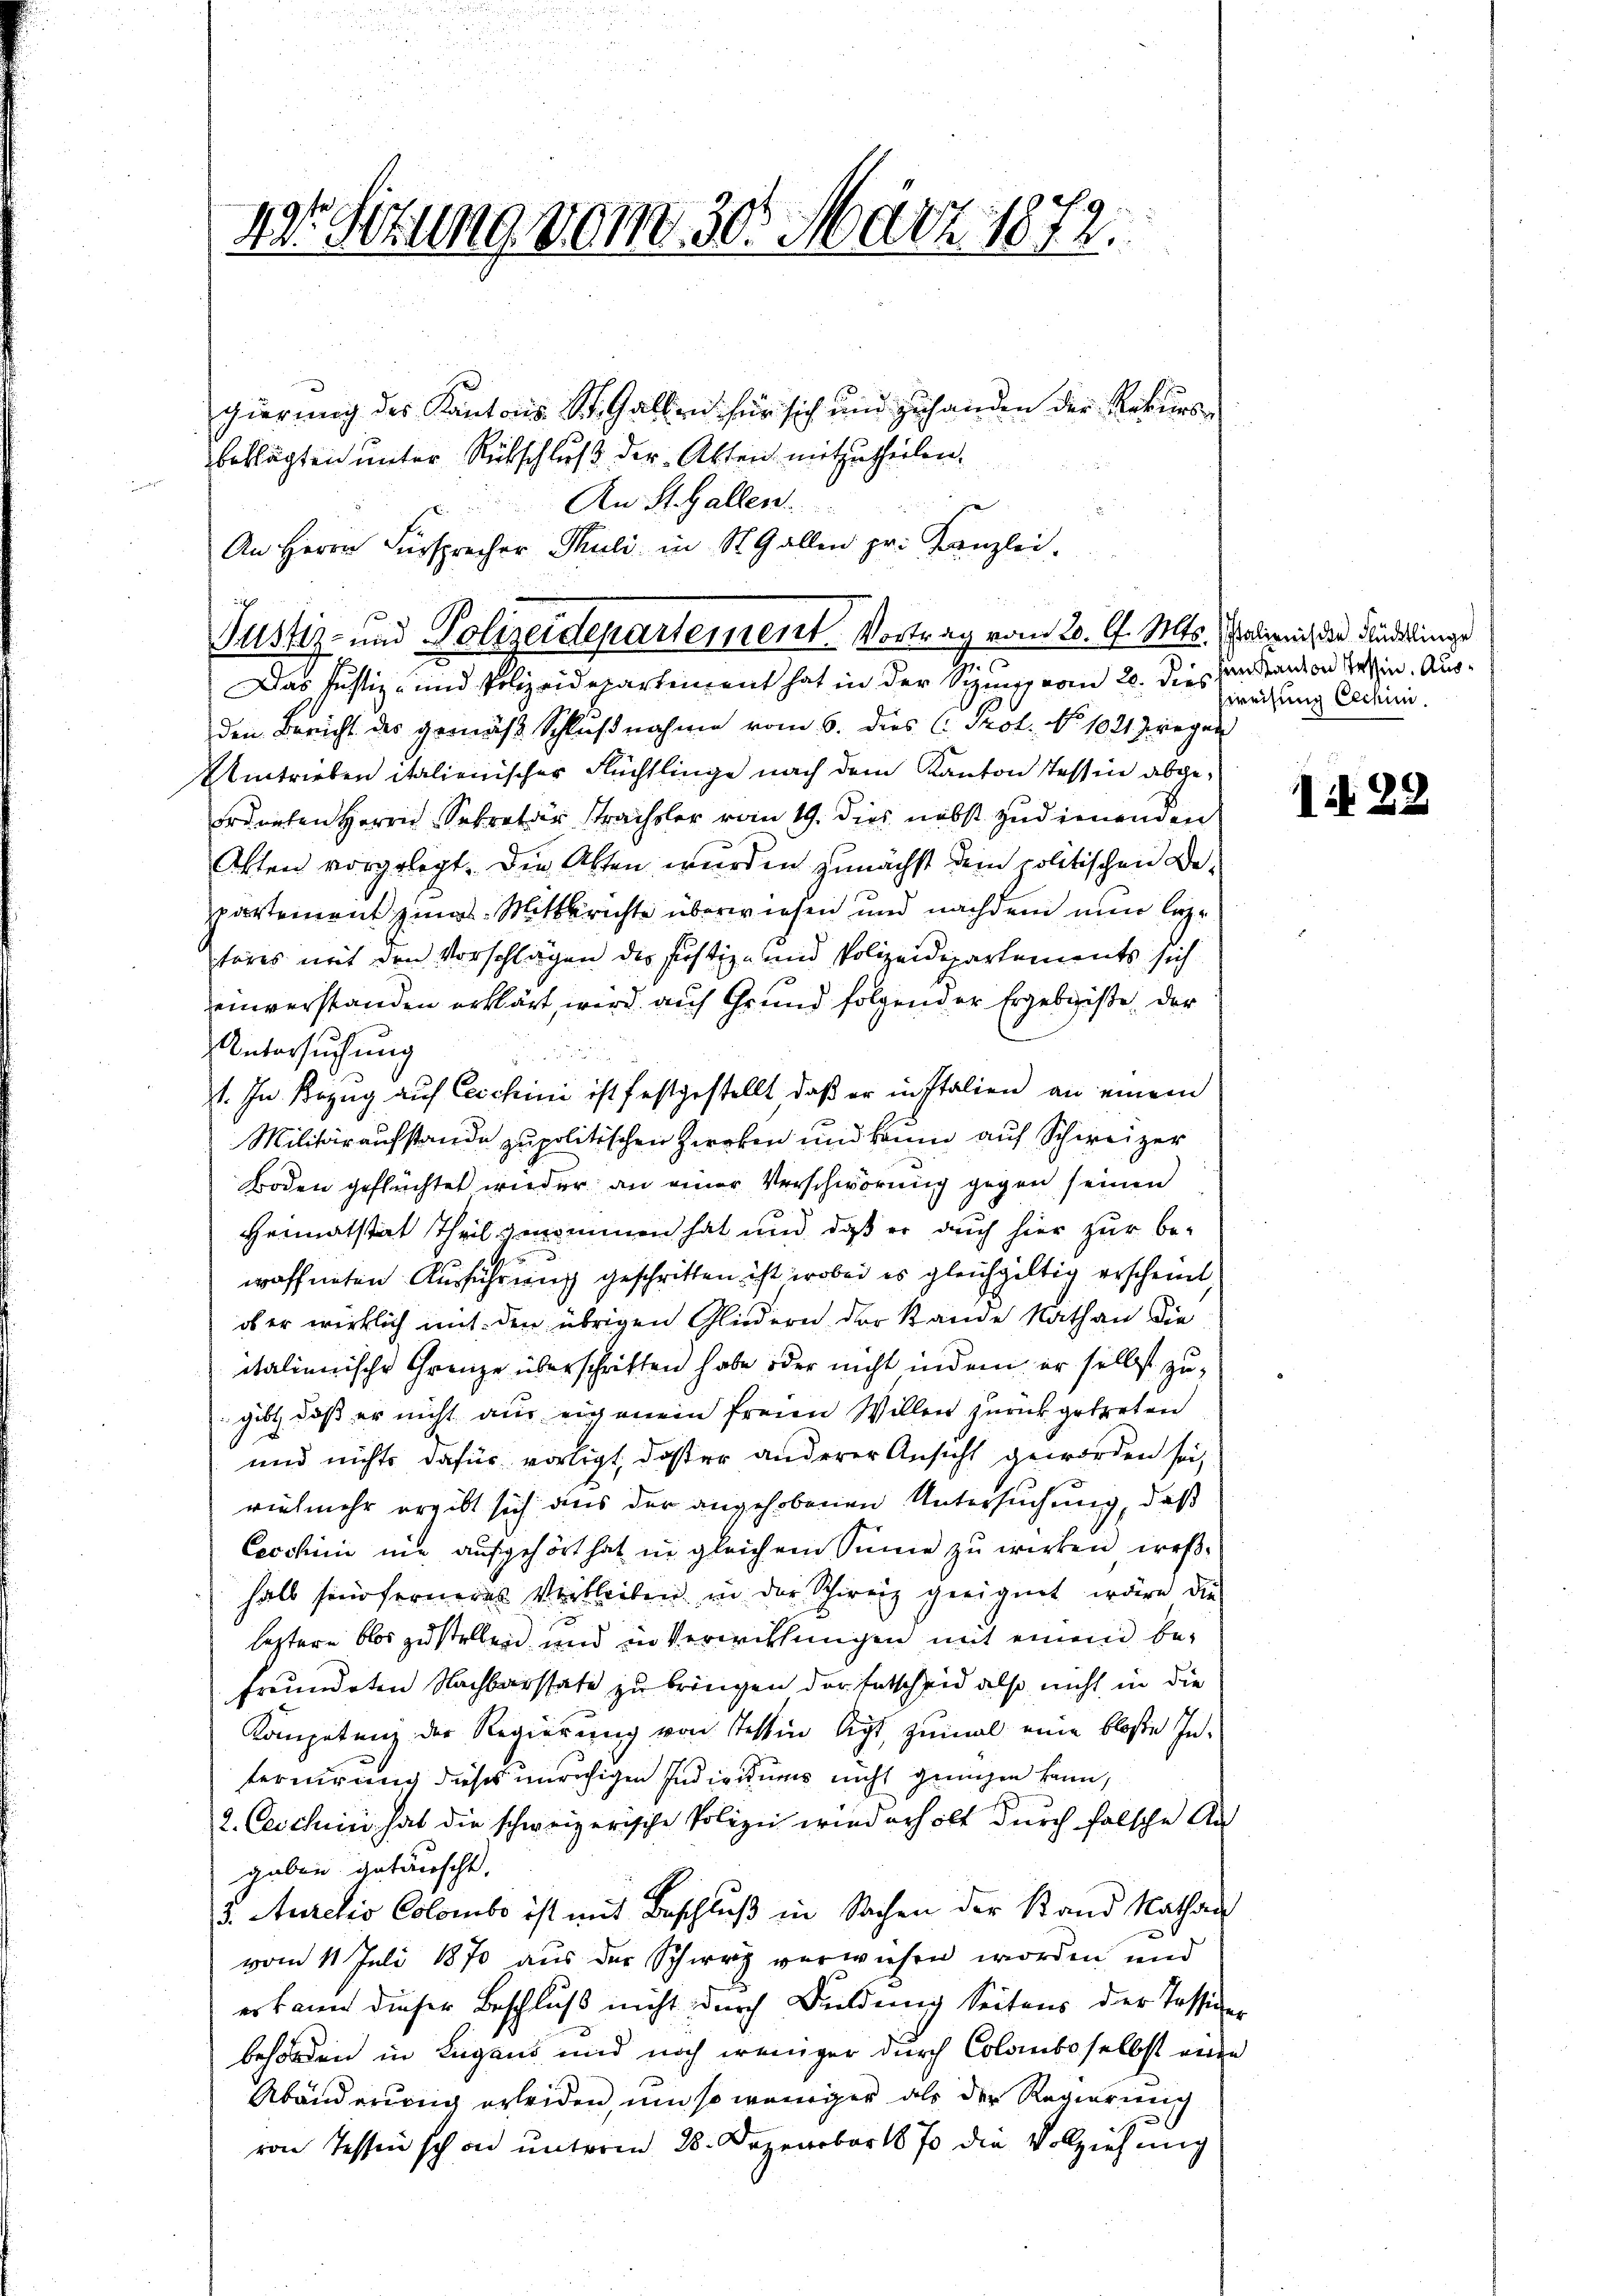
1r Sittag 10m 30. März 1872.
gierung des Kantons St. Gallen für sich und zuhanden der Rekursbeklagten unter Rückschluß der Akten mitzutheilen.

An St. Gallen.
An Herrn Fürsprecher Thuli in St. Gallen pr. Kanzlei.

Justiz- und Polizeidepartement. Vortrag vom 20. A. Mts. Polizeich des Fundinge

Das Justiz- und Polizeidepartement hat in der Sitzung vom 20. dies handern von Tessin. Ausden Bericht des gemäβ Schlußnahme vom 6. dies C. Prot. No 1021 wegen
Umtrieben italienischer Flüchtlinge nach dem Kanton Tessin abgeordneten Herrn Sekretär strachsler vom 19. dies nebst zudienenden
Akten vorgelegt. Die Akten wurden zunächst dem politischen Deppartement gings Mittlerichte überwiesen und nachdem nun leztores mit den Vorschlägen der Justiz- und Polizeidepartements sich
einverstanden erklärt, wird auf Grund folgender Ergebniße der
Untersuchung
1. In Bezug auf Ceschini ist festgestellt, daß er in Italien an einem
Militäraufstande zu politischen Zwecken und kann auf Schweizer
Boden geflüchtet wieder an einer Verschwörung gegen seinen
Heimatstat Theil genommen hat und daß er auch hier zur be-
waffneten Ausführung geschritten ist, wobei es gleichgültig erscheint,
ob er wirklich mit den übrigen Gliedern der Stande Nath an die
italienische Grenze überschriften habe oder nicht indem er selbst zugibt, daß er nicht aus eigenem freien Willen zurückgetreten
und nichts dafür vorligt, daß er anderer Ansicht geworden sei,
vielmehr ergibt sich aus der angehobenen Untersuchung, daß
Cecchini nie aufgehört hat in gleichem Sinne zu wirken, weßhalb sind ferneres Verbleiben in der Schweiz geeignet wäre die
leztere blos zu stellen und in Verwittungen mit einen befreundeten Nachbarstate zu bringen der Entscheid also nicht in die
Kompetenz der Regierung von Tessin ligt, zumal eine blose Inferirung dieses unruhigen Individums nicht genügen kann,
2. Ceschini hat die schweizerische Polizei wiederholt durch falsche Auf
gaben getäuscht,
5. Aurelis Colombe ist mit Beschluß in Sachen der Stand Kathan
vom 11 Juli 1870 aus der Schweiz verwiesen worden und
erkann dieser Beschluß nicht durch Buldung Seitens der Tassigen
behörden in Lugans und noch weniger durch Colomboselbst eine
Abänderung erleiden, um so weniger als der Regierung
von Tessin schon unterm 28. Dezember 1870 die Vollziehung

sweisung Cechini.

N 29